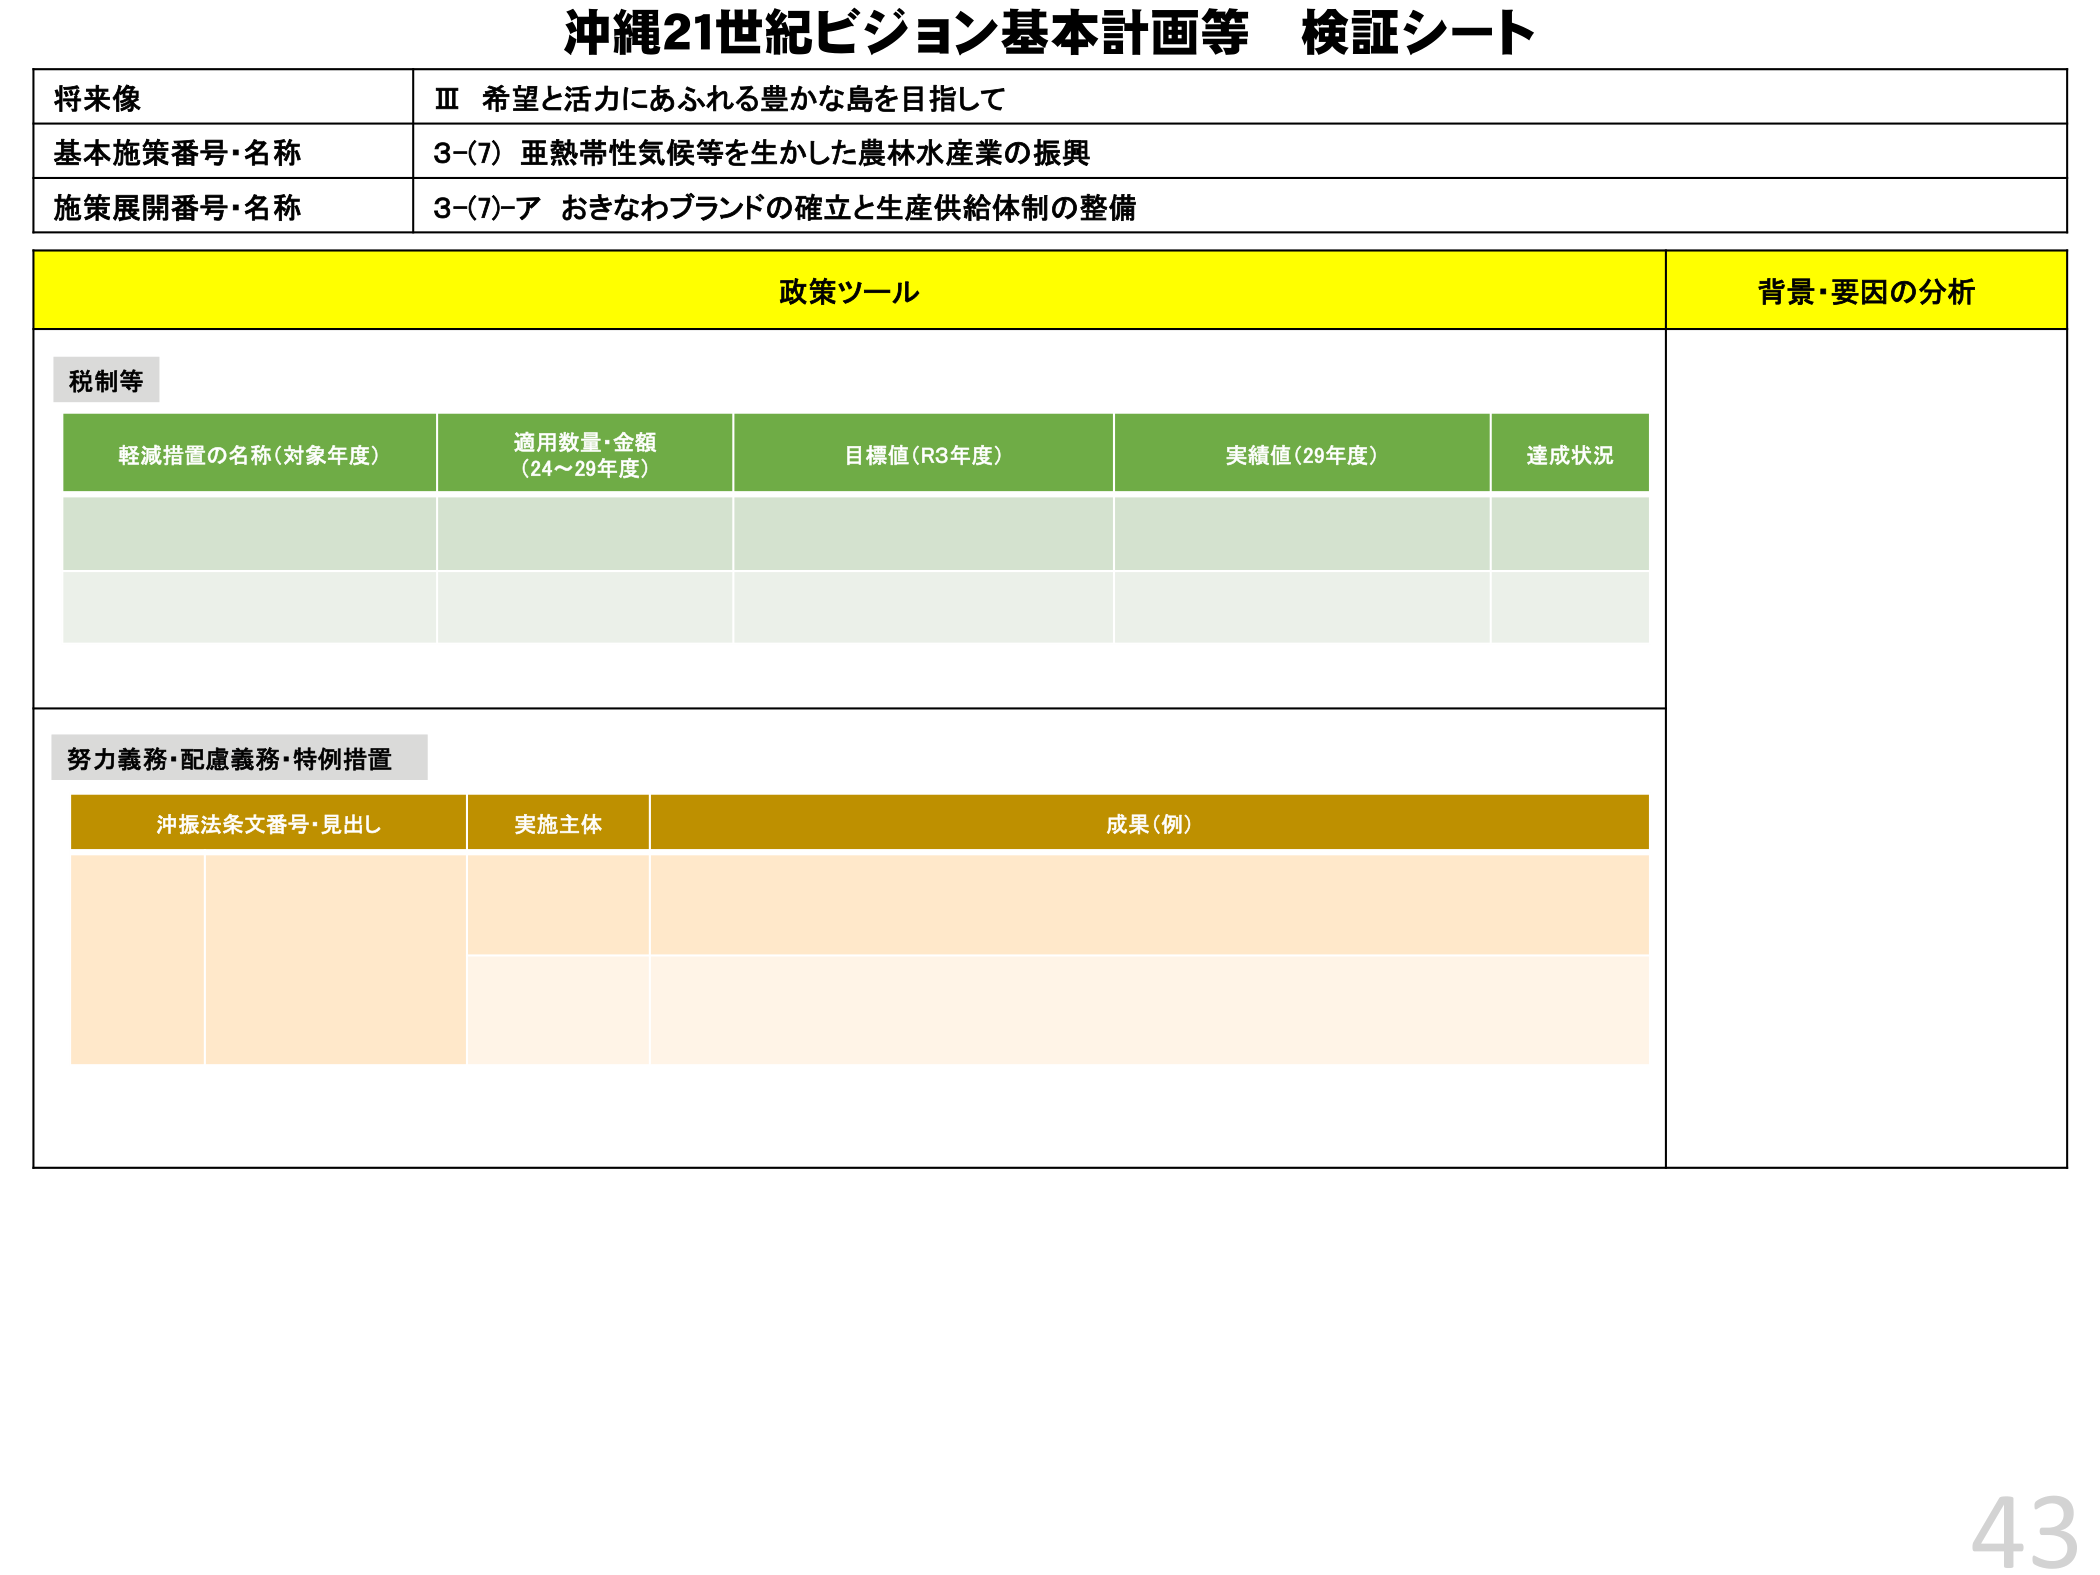
沖縄21世紀ビジョン基本計画等 検証シート

将来像
Ⅲ 希望と活力にあふれる豊かな島を目指して

基本施策番号・名称
3-(7) 亜熱帯性気候等を生かした農林水産業の振興

施策展開番号・名称
3-(7)-ア おきなわブランドの確立と生産供給体制の整備

政策ツール
背景・要因の分析

税制等
軽減措置の名称（対象年度）
適用数量・金額（24～29年度）
目標値（R3年度）
実績値（29年度）
達成状況

努力義務・配慮義務・特例措置
沖振法条文番号・見出し
実施主体
成果（例）

43